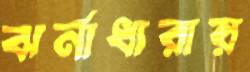
ঝর্নাধারায়